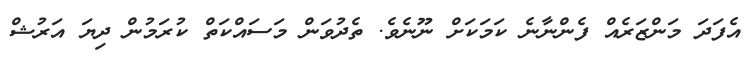
އެފަދަ މަންޒަރެއް ފެންނާނެ ކަމަކަށް ނޫނެެވެ. ތެދުވަން މަސައްކަތް ކުރަމުން ދިޔަ އަރުޝް